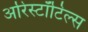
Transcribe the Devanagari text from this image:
अरिस्टॉटिल्स